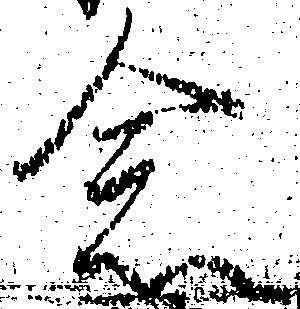
念